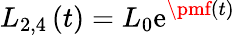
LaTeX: L_{2,4}\left(t\right)=L_{0}\mathrm{e}^{\pmf\left(t\right)}